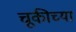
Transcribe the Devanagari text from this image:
चूकीच्या